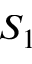
S _ { 1 }